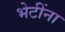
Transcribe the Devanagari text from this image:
भेटींना